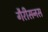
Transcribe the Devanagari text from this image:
गैरीसनस